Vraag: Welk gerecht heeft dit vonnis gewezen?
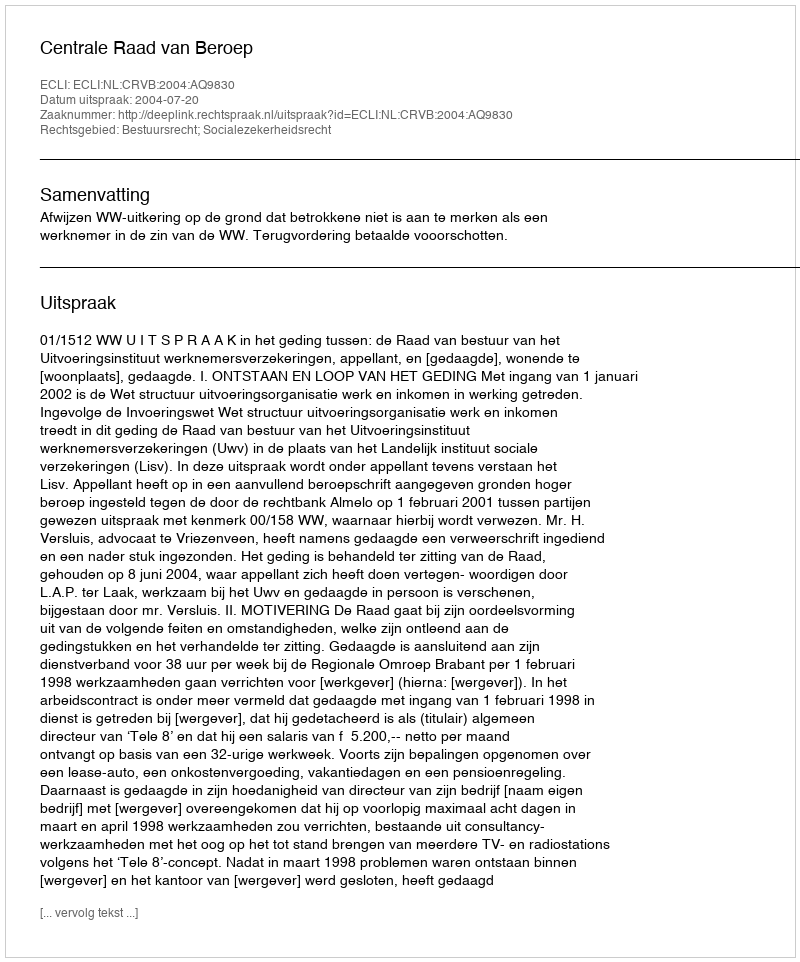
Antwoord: Centrale Raad van Beroep